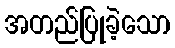
အတည်ပြုခဲ့သော